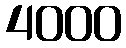
4000